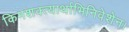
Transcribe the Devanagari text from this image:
किमशक्त्यार्थाभिनिवेशेन।